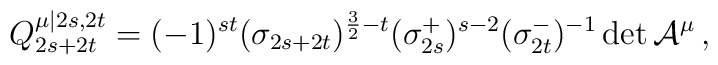
Q_{2s+2t}^{\mu |2s,2t}=(-1)^{st}(\sigma _{2s+2t})^{\frac{3}{2}-t}(\sigma_{2s}^{+})^{s-2}(\sigma _{2t}^{-})^{-1}\det \mathcal{A}^{\mu }\mathcal{\,},